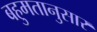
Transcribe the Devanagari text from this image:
बहुमतानुसार